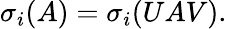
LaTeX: \sigma_{i}(A)=\sigma_{i}(UAV).